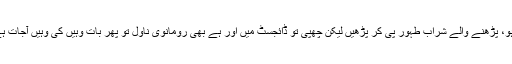
کوئی تحریر کوثر و تسنیم سے دھلی ہو، پڑھنے والے شراب طہور پی کر پڑھیں لیکن چھپی تو ڈائجسٹ میں اور ہے بھی رومانوی ناول تو پھر بات وہیں کی وہیں آجات ہے کہ باقاعدہ اسلامی ہے نہ ادبی ہے۔